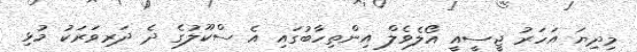
މިދިޔަ އަހަރު ޖީސީއީ އޯލެވެލް އިންތިހާބުގައި އެ ސްކޫލުގެ ދެ ދަރިވަރަކު މުޅި